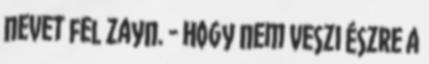
nevet fel Zayn. - Hogy nem veszi észre a